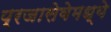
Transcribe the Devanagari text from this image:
प्रजासेवेमध्ये